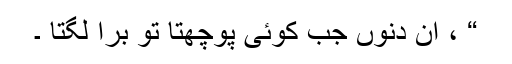
“ ، اُن دنوں جب کوئی پوچھتا تو برا لگتا ۔